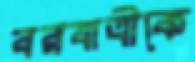
বরযাত্রীকে